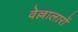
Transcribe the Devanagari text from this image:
वेल्लालारों